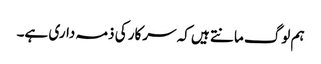
ہم لوگ مانتے ہیں کہ سرکار کی ذمہ داری ہے۔